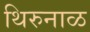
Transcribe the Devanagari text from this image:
थिरुनाळ